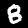
Label: 8